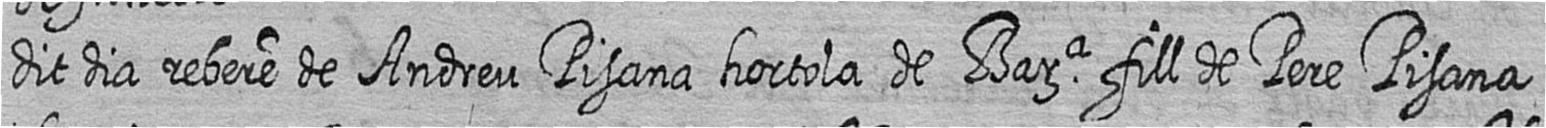
dit dia rebere de Andreu Pisana hortola de Bara fill de Pere Pisana